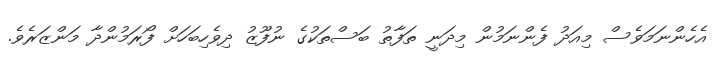
އެހެންނަމަވެސް މިއަދު ފެންނަމުން މިދަނީ ތަފާތު ބަސްތަކުގެ ނުފޫޒު ދިވެހިބަހަށް ފޯރަމުންދާ މަންޒަރެވެ.